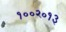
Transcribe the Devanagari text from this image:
१००२०१३